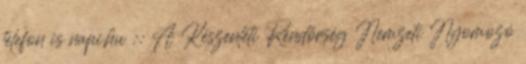
telefon is napi.hu :: A Készenléti Rendőrség Nemzeti Nyomozó